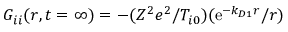
G _ { i i } ( \boldsymbol { r } , t = \infty ) = - ( Z ^ { 2 } e ^ { 2 } / T _ { i 0 } ) ( \mathrm { e } ^ { - k _ { D 1 } r } / r )